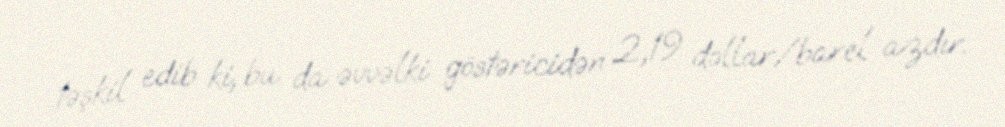
təşkil edib ki, bu da əvvəlki göstəricidən 2,19 dollar/barel azdır.